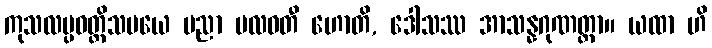
ကုသလပ္ပဝတ္တိသမယေ ပညာ ဗလဝတီ ဟောတိ, ဒေါသဿ အာသန္နဂုဏတ္တာ။ ယထာ ဟိ